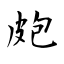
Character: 皰